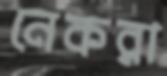
নেকরা